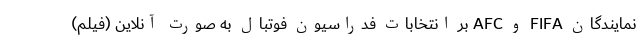
نمایندگان FIFA و AFC بر انتخابات فدراسیون فوتبال به صورت آنلاین (فیلم)